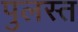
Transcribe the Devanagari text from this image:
पुलस्त